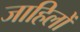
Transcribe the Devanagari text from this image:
जाहिलों